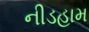
નીડહામ